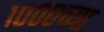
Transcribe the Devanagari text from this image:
१०००च्या